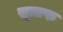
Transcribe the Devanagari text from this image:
सूत्तफ